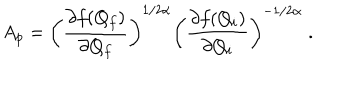
A _ { p } = \left( \frac { \partial f ( Q _ { f } ) } { \partial Q _ { f } } \right) ^ { 1 / 2 \alpha } \left( \frac { \partial f ( Q _ { i } ) } { \partial Q _ { i } } \right) ^ { - 1 / 2 \alpha } \; .